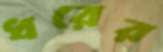
ধরের